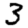
Digit: 3